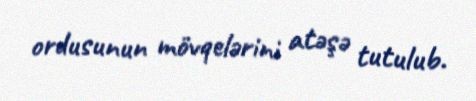
ordusunun mövqelərini atəşə tutulub.